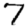
Digit: 7